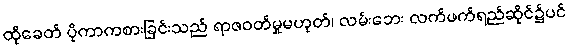
ထိုခေတ် ပိုကာကစားခြင်းသည် ရာဇဝတ်မှုမဟုတ်၊ လမ်းဘေး လက်ဖက်ရည်ဆိုင်၌ပင်